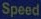
Speed